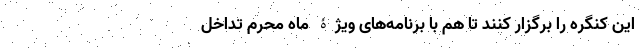
این کنگره را برگزار کنند تا هم با برنامه‌های ویژۀ ماه محرم تداخل